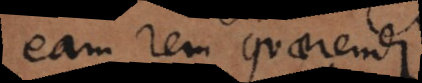
eam rem quaerendi.